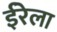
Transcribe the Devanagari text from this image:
ईरेला